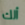
ألك